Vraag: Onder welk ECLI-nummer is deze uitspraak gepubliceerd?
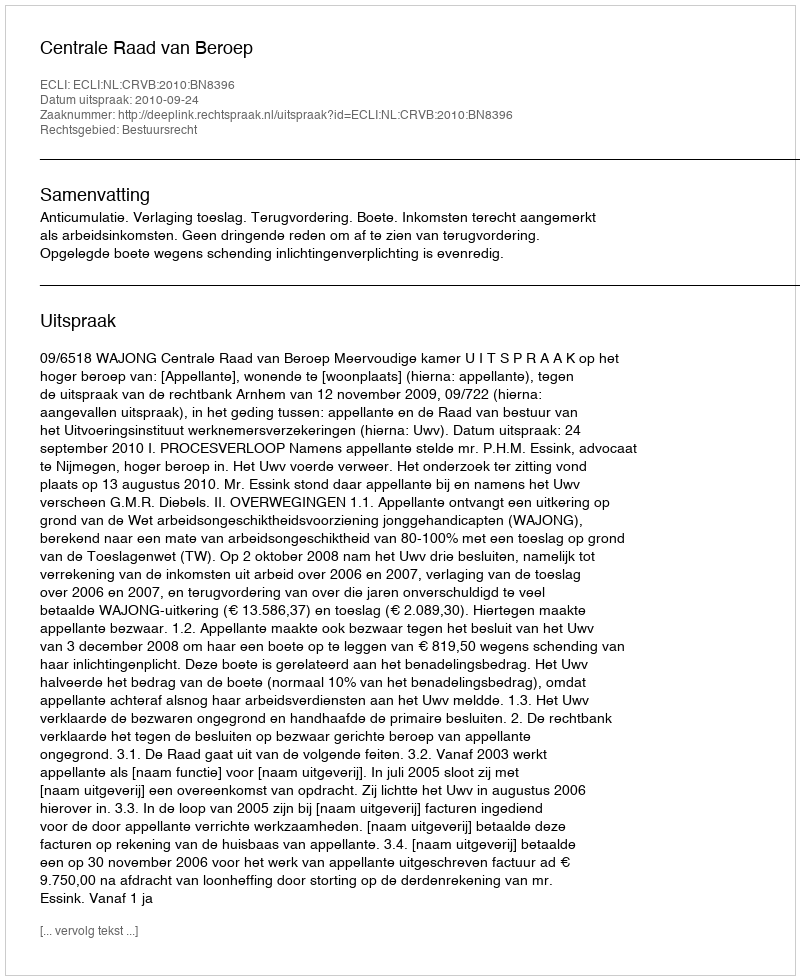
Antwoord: ECLI:NL:CRVB:2010:BN8396